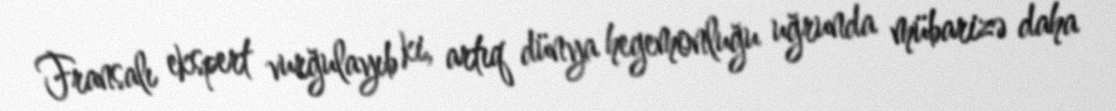
Fransalı ekspert vurğulayıb ki, artıq dünya hegemonluğu uğrunda mübarizə daha